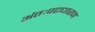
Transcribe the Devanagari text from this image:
अंतःपटधारण